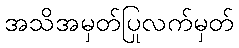
အသိအမှတ်ပြုလက်မှတ်